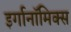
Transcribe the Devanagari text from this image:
इर्गानॉमिक्स